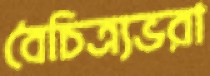
বৈচিত্র্যভরা